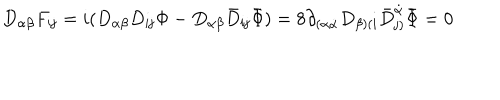
D _ { \alpha \beta } F _ { { \mathbf i } { \mathbf j } } = i ( D _ { \alpha \beta } D _ { { \mathbf i } { \mathbf j } } \Phi - D _ { \alpha \beta } { \bar { D } } _ { { \mathbf i } { \mathbf j } } { \bar { \Phi } } ) = 8 \partial _ { ( \alpha \dot { \alpha } } D _ { \beta ) ( { \mathbf i } } { \bar { D } } _ { { \mathbf j } ) } ^ { \dot { \alpha } } { \bar { \Phi } } = 0